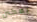
يمكنن